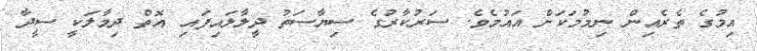
އިމުގެ ތެރެއިން ނިމުމަކަށް އައުމެވެ. ސަރުކާރުގެ ސިޔާސަތު ދީލާލައިފައި އޮތް ދިމާލަކީ ސީދާ